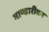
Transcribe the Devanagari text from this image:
भाण्डारीवन